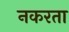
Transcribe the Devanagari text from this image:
नकरता